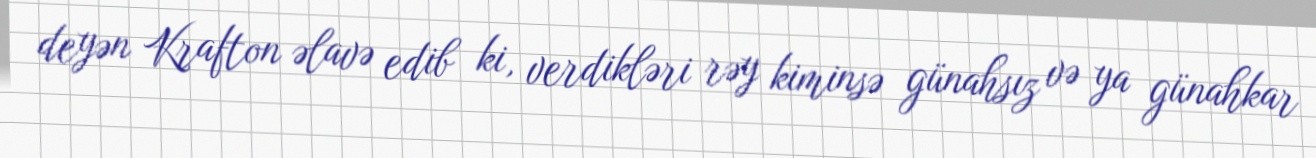
deyən Krafton əlavə edib ki, verdikləri rəy kiminsə günahsız və ya günahkar